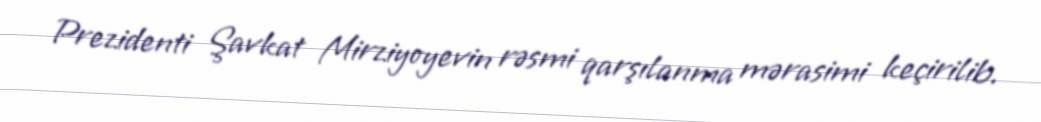
Prezidenti Şavkat Mirziyoyevin rəsmi qarşılanma mərasimi keçirilib.